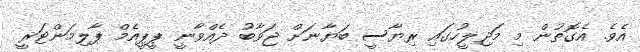
އެވެ. އެގޮތުން މި މަޖިލީހުގައި ރިޔާސީ ބަޔާނަށް ޖަވާބު ދެއްވާނީ ޕީޕީއެމް ޕާލިމަންޓަރީ